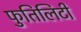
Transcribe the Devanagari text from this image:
फुतिलिटी